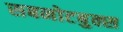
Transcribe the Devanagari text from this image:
सबनोटबुक्स